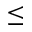
\leq